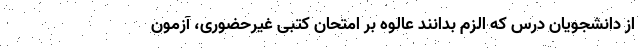
از دانشجویان درس که الزم بدانند عالوه بر امتحان کتبی غیرحضوری، آزمون